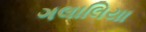
ગલાલિયા